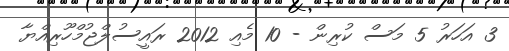
3 އަހަރު 5 މަސް ކުރިން - 10 މެއި 2012 ރައީސުލްޖުމްހޫރިއްޔާ